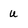
Character: U